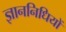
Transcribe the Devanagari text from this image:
ज्ञाननिधियों